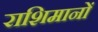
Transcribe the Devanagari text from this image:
राशिमानों